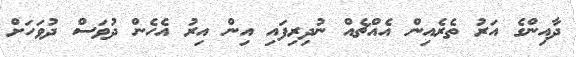
ދާއިންގެ އަރު ތެރެއިން އެއްޗެއް ނުދިރިފައި އިން އިރު އެހެން ދުވަސް ދުވަހަށް